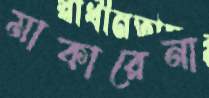
মাকারেনা